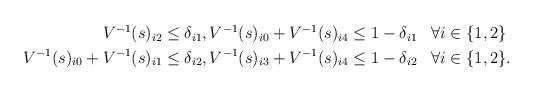
LaTeX: \begin{align*}\begin{aligned}V^{-1}(s)_{i2} &\leq \delta_{i1}, V^{-1}(s)_{i0} + V^{-1}(s)_{i4} \leq 1- \delta_{i1} && \forall i \in \{1, 2\} \\V^{-1}(s)_{i0} + V^{-1}(s)_{i1} &\leq \delta_{i2}, V^{-1}(s)_{i3} + V^{-1}(s)_{i4} \leq 1 - \delta_{i2} && \forall i \in \{1, 2\}.\end{aligned}\end{align*}